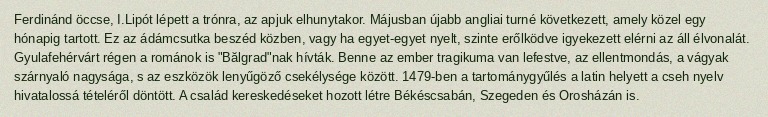
Ferdinánd öccse, I.Lipót lépett a trónra, az apjuk elhunytakor. Májusban újabb angliai turné következett, amely közel egy hónapig tartott. Ez az ádámcsutka beszéd közben, vagy ha egyet-egyet nyelt, szinte erőlködve igyekezett elérni az áll élvonalát. Gyulafehérvárt régen a románok is "Bălgrad"nak hívták. Benne az ember tragikuma van lefestve, az ellentmondás, a vágyak szárnyaló nagysága, s az eszközök lenyűgöző csekélysége között. 1479-ben a tartománygyűlés a latin helyett a cseh nyelv hivatalossá tételéről döntött. A család kereskedéseket hozott létre Békéscsabán, Szegeden és Orosházán is.